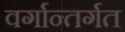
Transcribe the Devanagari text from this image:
वर्गान्तर्गत